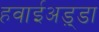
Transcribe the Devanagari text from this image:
हवाईअड़्डा